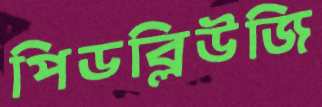
পিডব্লিউজি